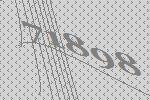
71898